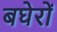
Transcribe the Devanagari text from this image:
बघेरों